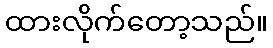
ထားလိုက်တော့သည်။